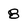
Character: 8